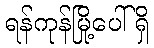
ရန်ကုန်မြို့ပေါ်ရှိ